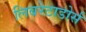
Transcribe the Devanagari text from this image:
लिबरेटाडोर्स